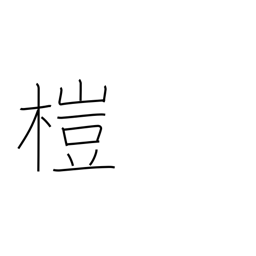
Meaning: alder